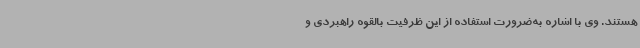
هستند. وی با اشاره به‌ضرورت استفاده از این ظرفیت بالقوه راهبردی و